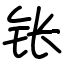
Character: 𬬮